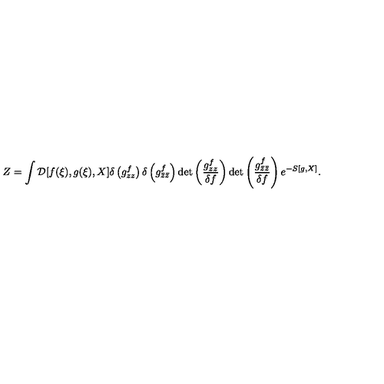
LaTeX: Z = \int { \cal D } [ f ( \xi ) , g ( \xi ) , X ] \delta \left( g _ { z z } ^ { f } \right) \delta \left( g _ { \bar { z } \bar { z } } ^ { f } \right) \mathrm { d e t } \left( \frac { g _ { z z } ^ { f } } { \delta f } \right) \mathrm { d e t } \left( \frac { g _ { \bar { z } \bar { z } } ^ { f } } { \delta f } \right) e ^ { - S [ g , X ] } .